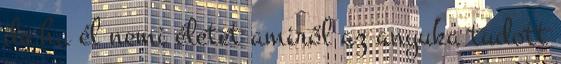
de ha él nemi életet amiről az anyuka tudott